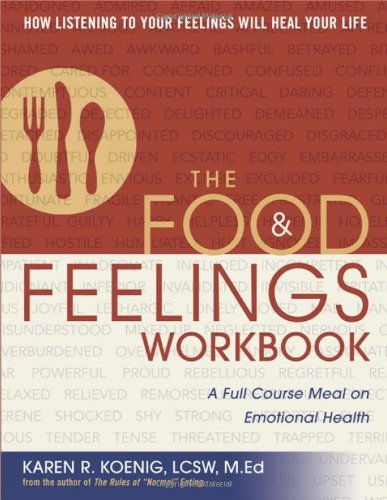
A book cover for The Food and Feelings Workbook: A Full Course Meal on Emotional Health; Karen R. Koenig; Self-Help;